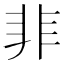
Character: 𩇦